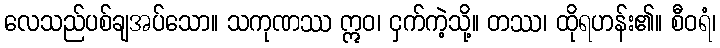
လေသည်ပစ်ချအပ်သော။ သကုဏဿ ဣဝ၊ ငှက်ကဲ့သို့။ တဿ၊ ထိုရဟန်း၏။ စီဝရံ၊